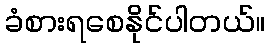
ခံစားရစေနိုင်ပါတယ်။